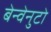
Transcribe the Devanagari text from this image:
बेन्वेनुटो